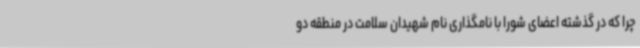
چرا که در گذشته اعضای شورا با نامگذاری نام شهیدان سلامت در منطقه دو